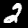
Label: 2